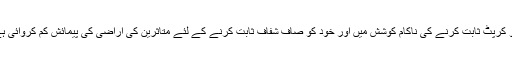
اپنی کارکردگی بڑھانے اور سابقہ حکومت کو کرپٹ ثابت کرنے کی ناکام کوشش میں اور خود کو صاف شفاف ثابت کرنے کے لئے متاثرین کی اراضی کی پیمائش کم کروائی ہے جبکہ پس پردہ با اثر افراد کو نوازا گیا ہے۔